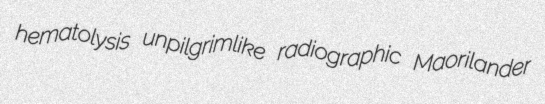
hematolysis unpilgrimlike radiographic Maorilander